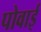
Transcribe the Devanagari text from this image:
पोवाई